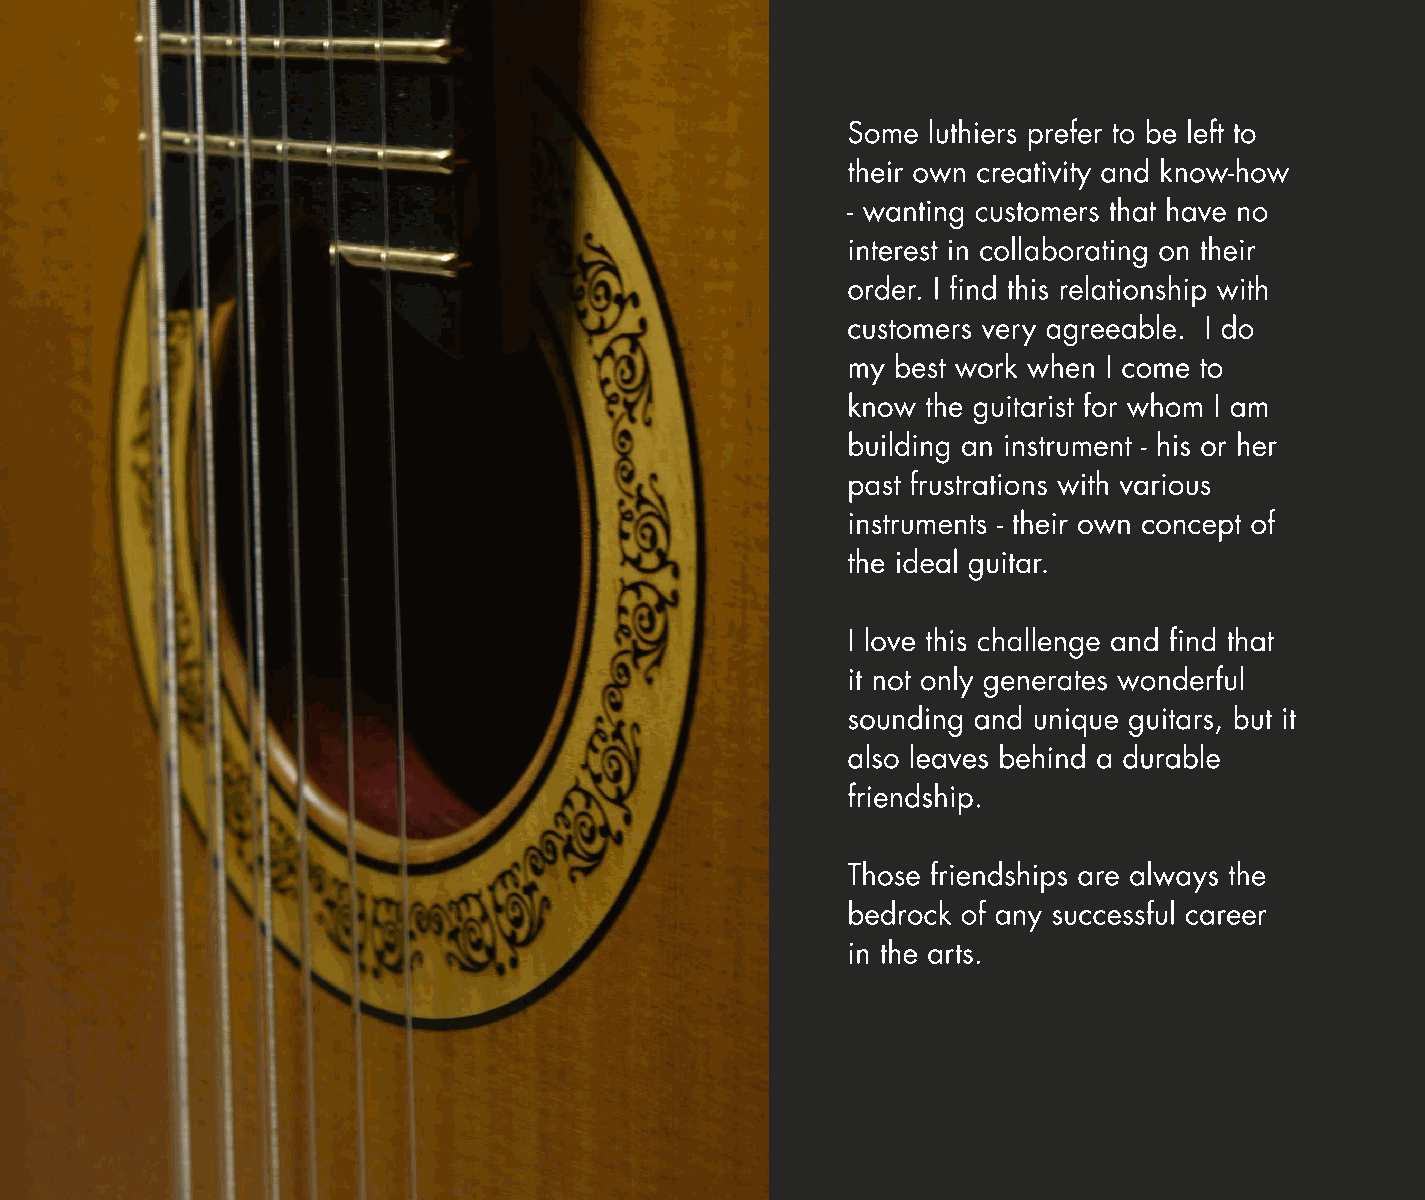
Some luthiers prefer to be left to
 their own creativity and know-how
 - wanting customers that have no
 interest in collaborating on their
 order. I find this relationship with
 customers very agreeable. I do
 my best work when I come to
 know the guitarist for whom I am
 building an instrument - his or her
 past frustrations with various
 instruments - their own concept of
 the ideal guitar.
 I love this challenge and find that
 it not only generates wonderful
 sounding and unique guitars, but it
 also leaves behind a durable
 friendship.
 Those friendships are always the
 bedrock of any successful career
 in the arts.